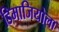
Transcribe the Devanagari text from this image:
डिमाजियोला